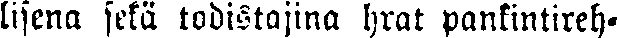
lisena sekä todistajina hrat pankintireh-